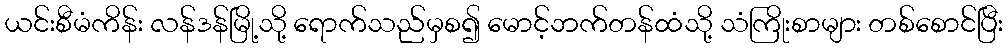
ယင်းစီမံကိန်း လန်ဒန်မြို့သို့ ရောက်သည်မှစ၍ မောင့်ဘက်တန်ထံသို့ သံကြိုးစာများ တစ်စောင်ပြီး